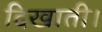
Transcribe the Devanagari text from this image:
दिखाती।